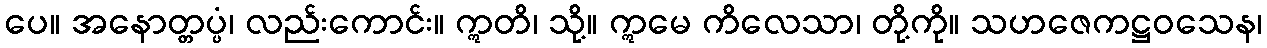
ပေ။ အနောတ္တပ္ပံ၊ လည်းကောင်း။ ဣတိ၊ သို့။ ဣမေ ကိလေသာ၊ တို့ကို။ သဟဇေကဋ္ဌဝသေန၊